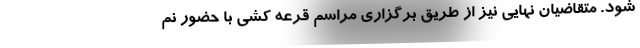
شود. متقاضیان نهایی نیز از طریق برگزاری مراسم قرعه کشی با حضور نم